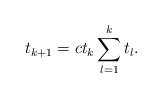
LaTeX: \begin{align*}t_{k+1}= c t_k \sum_{l=1}^k t_l .\end{align*}